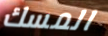
المسك